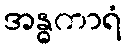
အန္ဓကာရံ